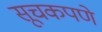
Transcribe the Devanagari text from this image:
सूचकपणे